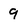
Character: 9